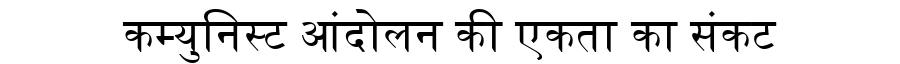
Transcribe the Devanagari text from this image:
कम्युनिस्ट आंदोलन की एकता का संकट